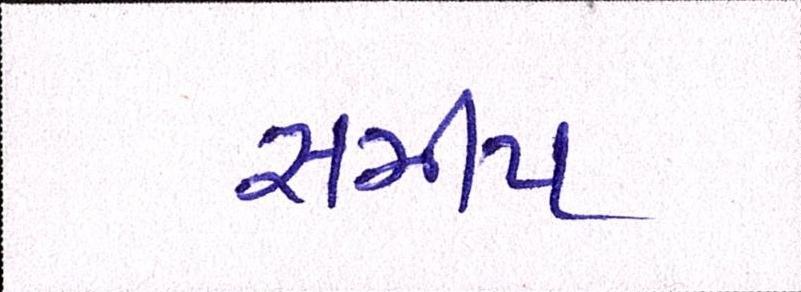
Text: સમીપ